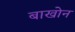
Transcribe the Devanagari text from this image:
बाखोन